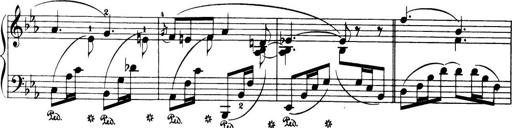
Title: 32 Sonatinas and Rondos for the Piano
Composer: Richard Kleinmichel